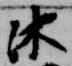
沐